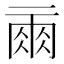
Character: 𰁙